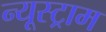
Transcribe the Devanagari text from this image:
न्यूस्ट्राम